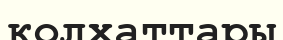
қолхаттары